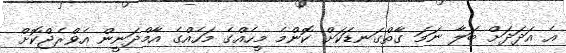
އެ އަދަދަށް ބަލާ ނަމަ ގާތްގަނޑަކަށް ކޮންމެ މީހެއްގެ މަހެއްގެ އާމްދަނީން އެވްރެޖްކޮށް